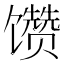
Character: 𱄊